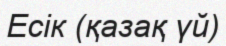
Есік (қазақ үй)